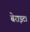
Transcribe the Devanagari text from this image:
बेराइट।